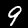
Digit: 9